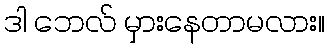
ဒါ ဘေလ် မှားနေတာမလား။